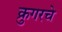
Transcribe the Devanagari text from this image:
क्रुगरचे